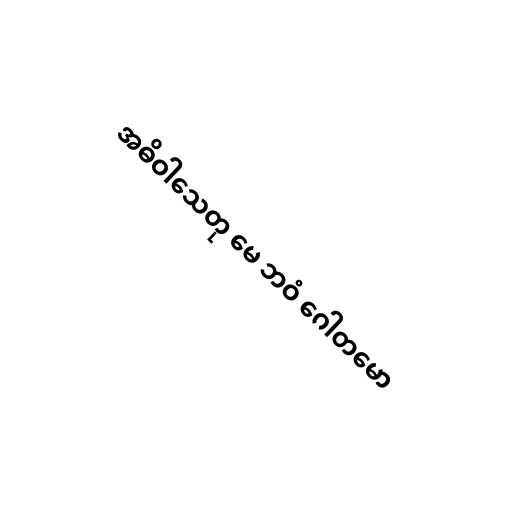
အဓိဝါသေတု မေ ဘဝံ ဂေါတမော